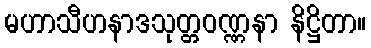
မဟာသီဟနာဒသုတ္တဝဏ္ဏနာ နိဋ္ဌိတာ။